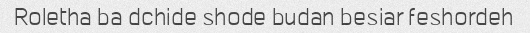
Roletha ba dchide shode budan besiar feshordeh